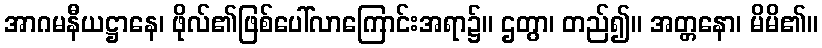
အာဂမနီယဋ္ဌာနေ၊ ဖိုလ်၏ဖြစ်ပေါ်လာကြောင်းအရာ၌။ ဌတွာ၊ တည်၍။ အတ္တနော၊ မိမိ၏။